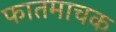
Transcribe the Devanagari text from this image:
फातमाचक